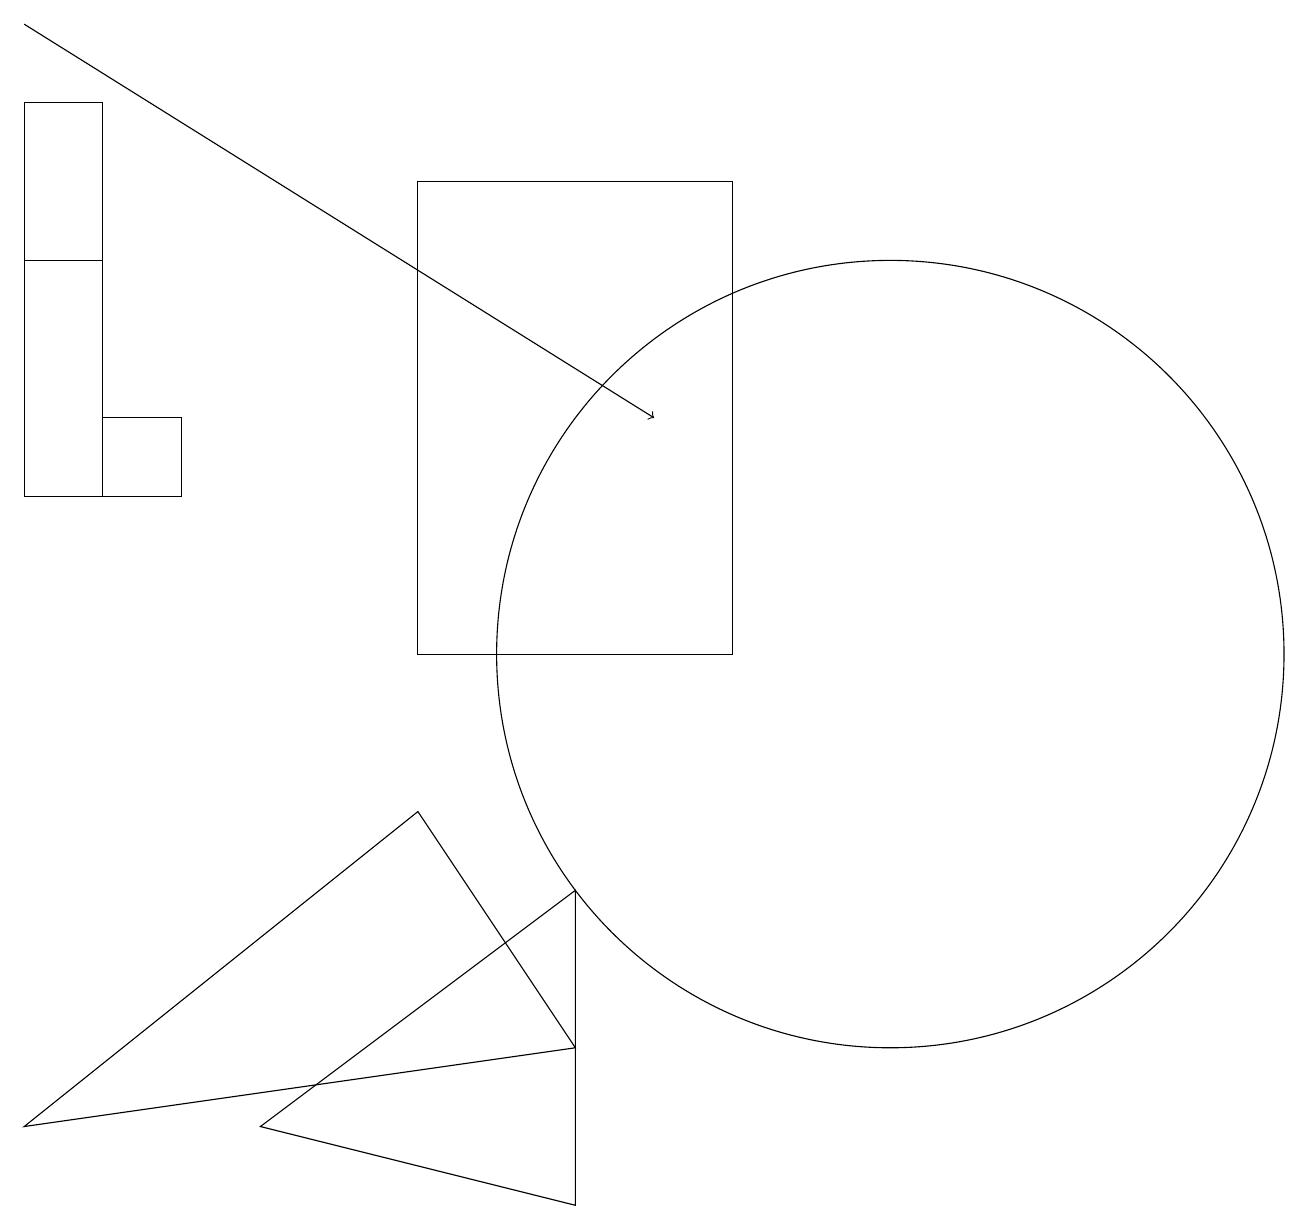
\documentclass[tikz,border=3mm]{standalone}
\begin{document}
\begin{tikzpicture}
\draw (7,7) -- (7,3) -- (3,4) -- cycle;
\draw (1,12) rectangle (2,13);
\draw[->] (0,18) -- (8,13);
\draw (11,10) circle (5);
\draw (5,10) rectangle (9,16);
\draw (5,8) -- (7,5) -- (0,4) -- cycle;
\draw (1,15) rectangle (0,12);
\draw (0,17) rectangle (1,12);
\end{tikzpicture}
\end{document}